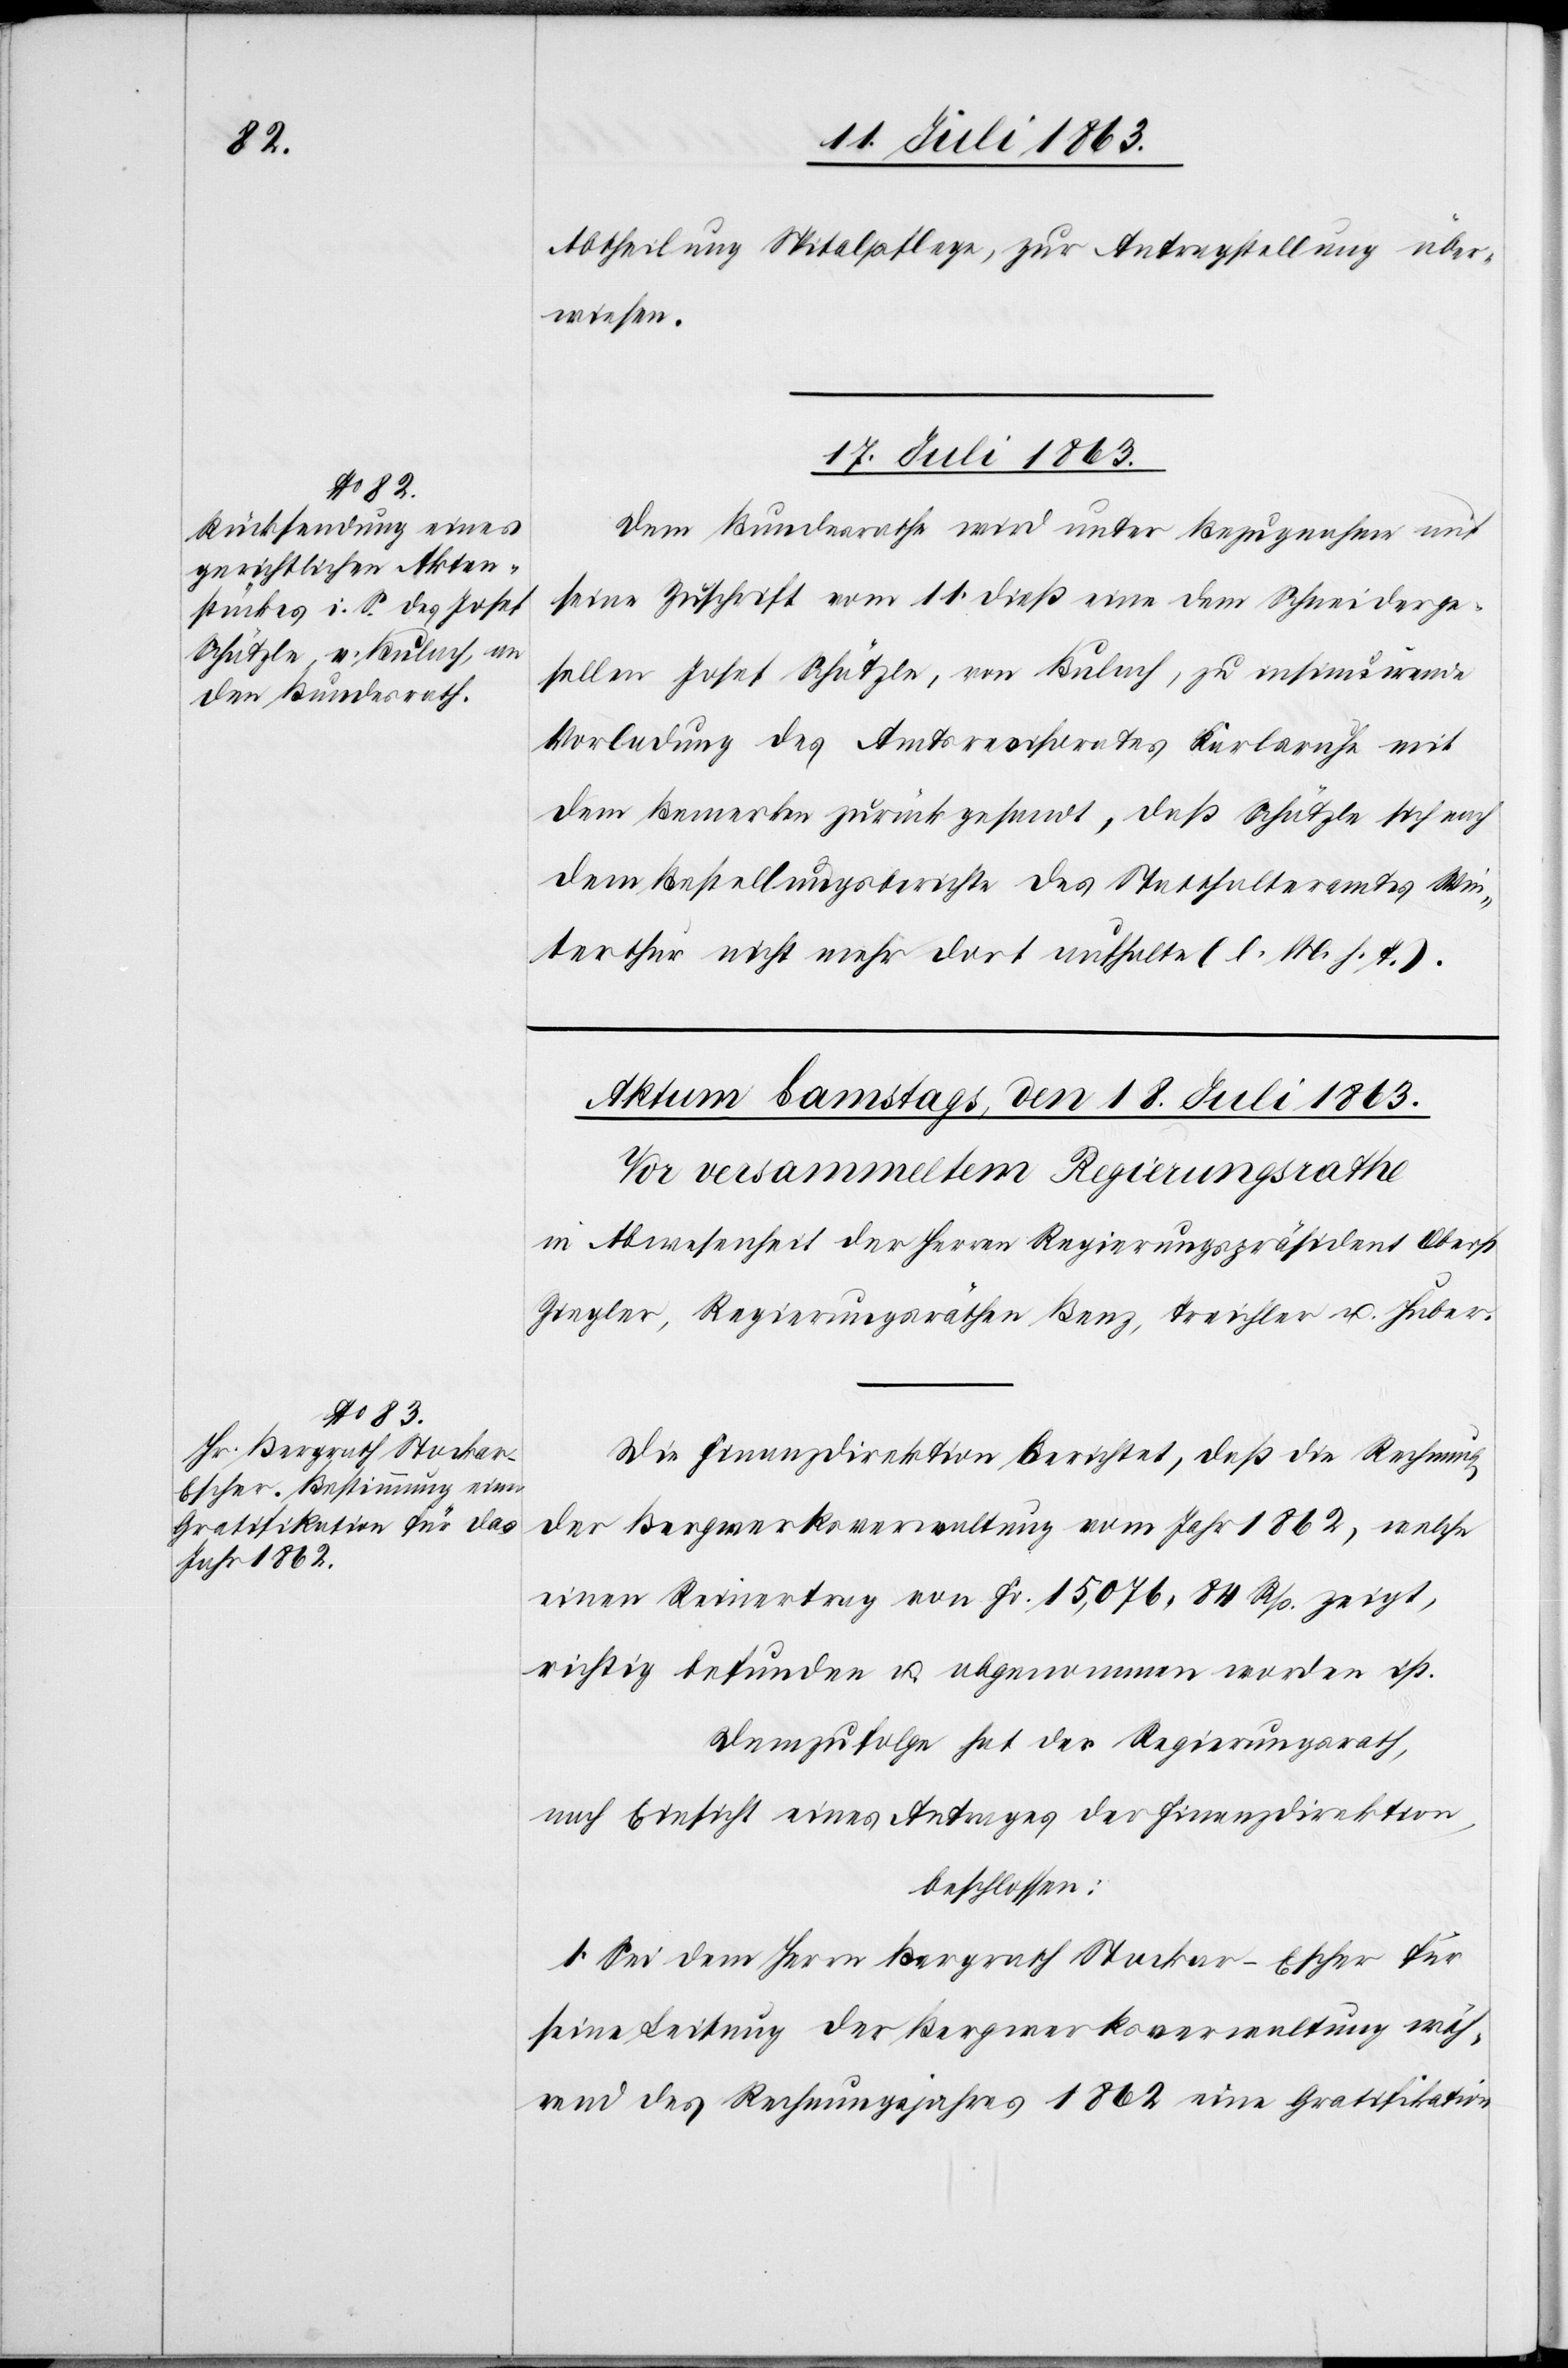
Abtheilung Spitalpflege, zur Antragstellung über¬
wiesen.
17. Juli 1863.
Dem Bundesrath wird unter Bezugnahme auf
seine Zuschrift vom 11. dieß eine dem Schneiderge¬
sellen Josef Schätzle, von Bülach, zu insinuirende
Vorladung des Amtsrevisorates Karlsruhe mit
dem Bemerken zurückgesandt, daß Schätzle sich nach
dem Bestellungsberichte des Statthalteramtes Win¬
terthur nicht mehr dort aufhalte (l. M. h. T.).
Die Finanzdirektion berichtet, daß die Rechnung
der Bergwerksverwaltung vom Jahr 1862, welche
einen Reinertrag von Fr. 15,076. 84 Rp. zeigt,
richtig befunden u. abgenommen worden ist.
Demzufolge hat der Regierungsrath,
nach Einsicht eines Antrages der Finanzdirektion,
beschlossen:
1. Sei dem Herrn Bergrath Stockar-Escher für
seine Leitung der Bergwerksverwaltung wäh¬
rend des Rechnungsjahres 1862 eine Gratifikation